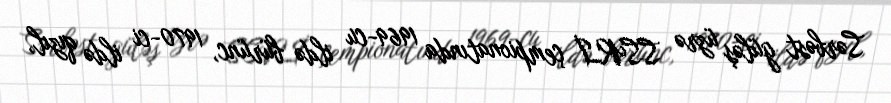
Sərbəst güləş üzrə SSRİ çempionatında 1969-cu ildə bürünc, 1970-ci ildə qızıl,